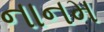
નાનમ